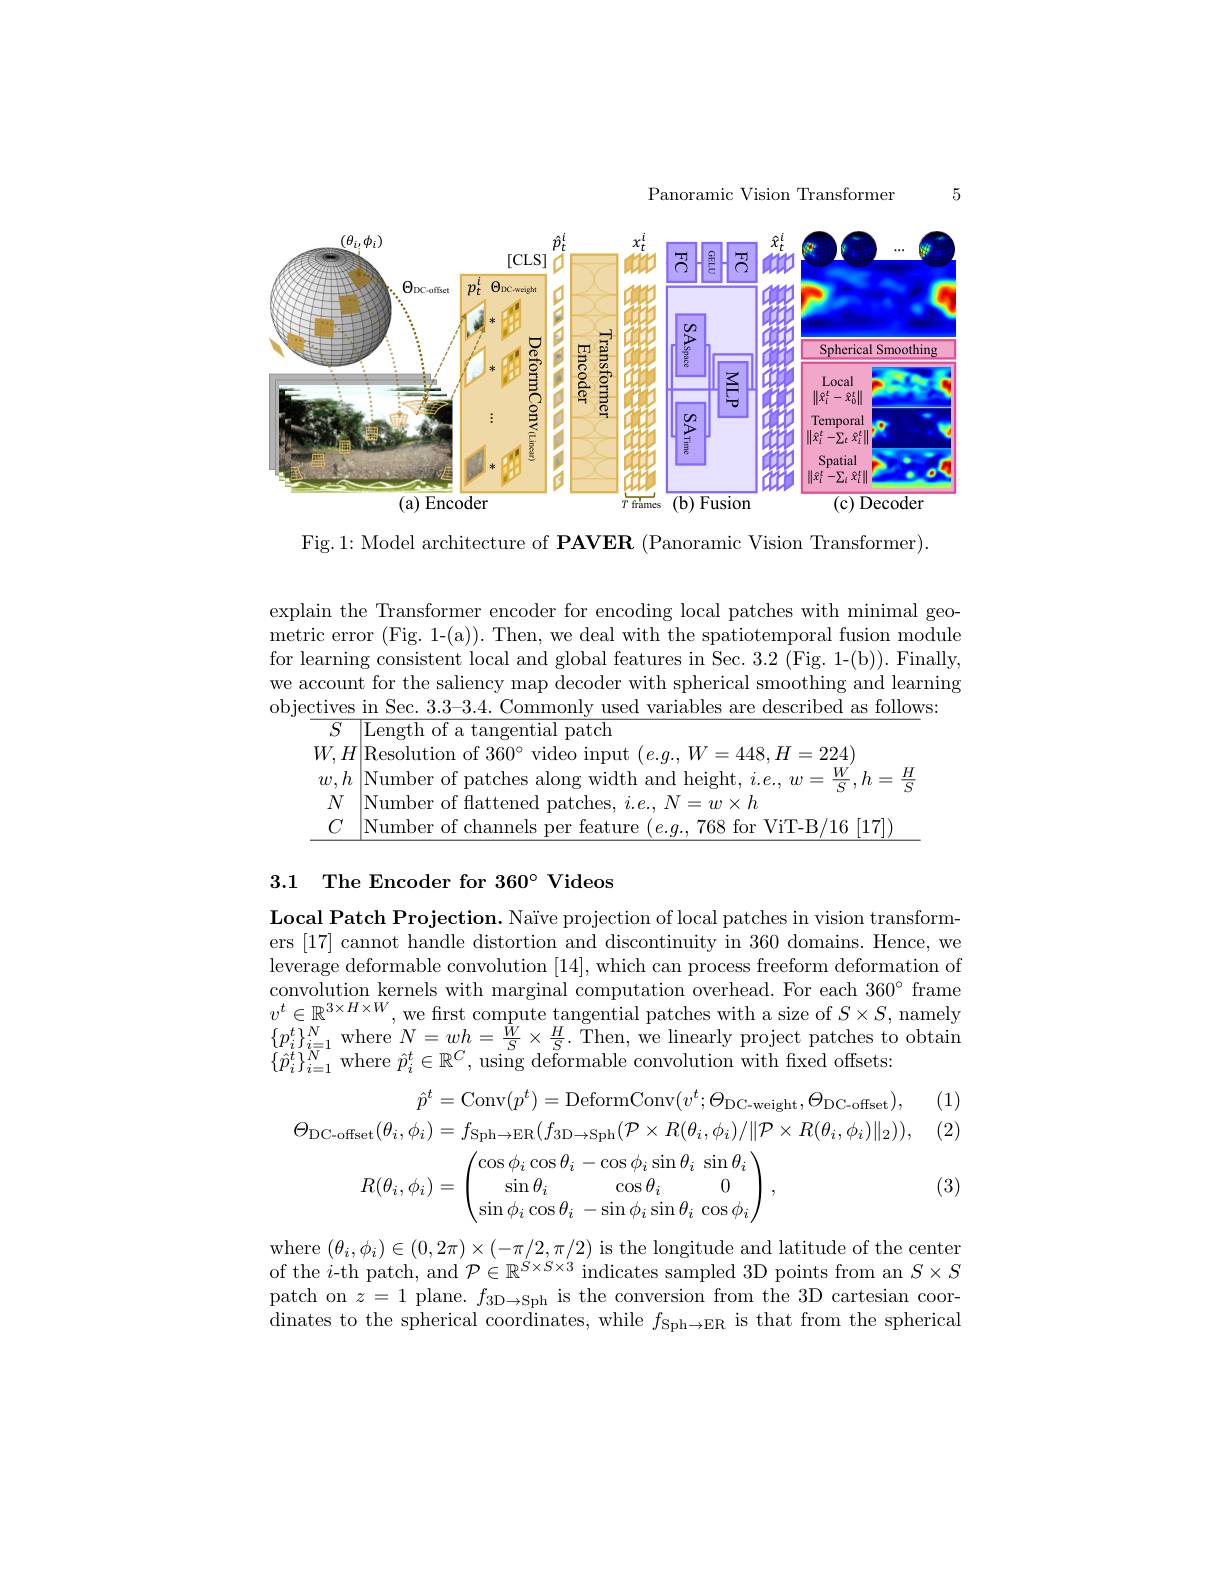
Panoramic Vision Transformer

5

<FigureHere>

Fig.1: Model architecture of PAVER (Panoramic Vision Transformer).

explain the Transformer encoder for encoding local patches with minimal geometric error (Fig. 1-(a)). Then, we deal with the spatiotemporal fusion module for learning consistent local and global features in Sec. 3.2 (Fig. 1-(b)). Finally, we account for the saliency map decoder with spherical smoothing and learning objectives in Sec. 3.3-3.4. Commonly used variables are described as follows:
${\overline{S}\:\mathrm{Length~of~a~tangential~patch}}$
$W,H|$Resolution of $360^\circ$ video input $(e.g.,W=448,H=224)$
$w,h\left|\text{Number of patches along width and height, }i.e.,w=\frac{W}{S},h=\frac{H}{S}\right|$
$N$ Number of flattened patches, $i.e.,N=w\times h$
$C$ Number of channels per feature $( e. g. , 768$ for ViT-B/16 [17])

3.1 The Encoder for $360^{\circ}$ Videos

Local Patch Projection. Naïve projection of local patches in vision transformers [17] cannot handle distortion and discontinuity in 360 domains. Hence, we leverage deformable convolution [14],which can process freeform deformation of convolution kernels with marginal computation overhead. For each $360^\circ$ frame $v^t\in\mathbb{R}^{3\times H\times W}$, we first compute tangential patches with a size of $S\times S$, namely $\{p_{i}^{t}\}_{i=1}^{N}$where $N=wh=\frac{W}{S}\times\frac{H}{S}.$ Then, we linearly project patches to obtain$(\hat{p}_{i}^{t})_{i=1}^{N}$where $N=wh=\frac{W}{S}\times\frac{H}{S}.$ Then, we linearly project patches to obtain$(\hat{p}_{i}^\text{t})_{i=1}^{N}$where $N=wh=\frac{W}{S}\times\frac{H}{S}.$ The $\{\hat{p}_{i}^{t}\}_{i=1}^{N}$where $\hat{p}_{i}^{t}\in\mathbb{R}^{C}$, using deformable convolution with fixed offsets:

(1)

(2)
$$\begin{aligned}\hat{p}^{t}&=\mathrm{Conv}(p^{t})=\mathrm{DeformConv}(v^{t};\Theta_{\mathrm{DC-weight}},\Theta_{\mathrm{DC-offset}}),\\\text{-offset}(\theta_{i},\phi_{i})&=f_{\mathrm{Sph}\to\mathrm{ER}}(f_{\mathrm{3D}\to\mathrm{Sph}}(\mathcal{P}\times R(\theta_{i},\phi_{i})/\|\mathcal{P}\times R(\theta_{i},\phi_{i})\|_{2})),\\R(\theta_{i},\phi_{i})&=\begin{pmatrix}\cos\phi_i\cos\theta_i-\cos\phi_i\sin\theta_i&\sin\theta_i\\\sin\theta_i&\cos\theta_i&0\\\sin\phi_i\cos\theta_i&-\sin\phi_i\sin\theta_i&\cos\phi_i\end{pmatrix},\end{aligned}$$
(3)

where $(\theta_{i},\phi_{i})\in(0,2\pi)\times(-\pi/2,\pi/2)$ is the longitude and latitude of the center of the $i$-th patch, and $\mathcal{P}\in\mathbb{R}^{\acute{S}\times\dot{S}\times3}$ indicates sampled 3D points from an $S\times S$ patch on $z=1$ plane. $f_3$D$\to$Sph is the conversion from the 3D cartesian coordinates to the spherical coordinates, while $f_\mathrm{Sph}\to$ER is that from the spherical